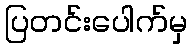
ပြတင်းပေါက်မှ